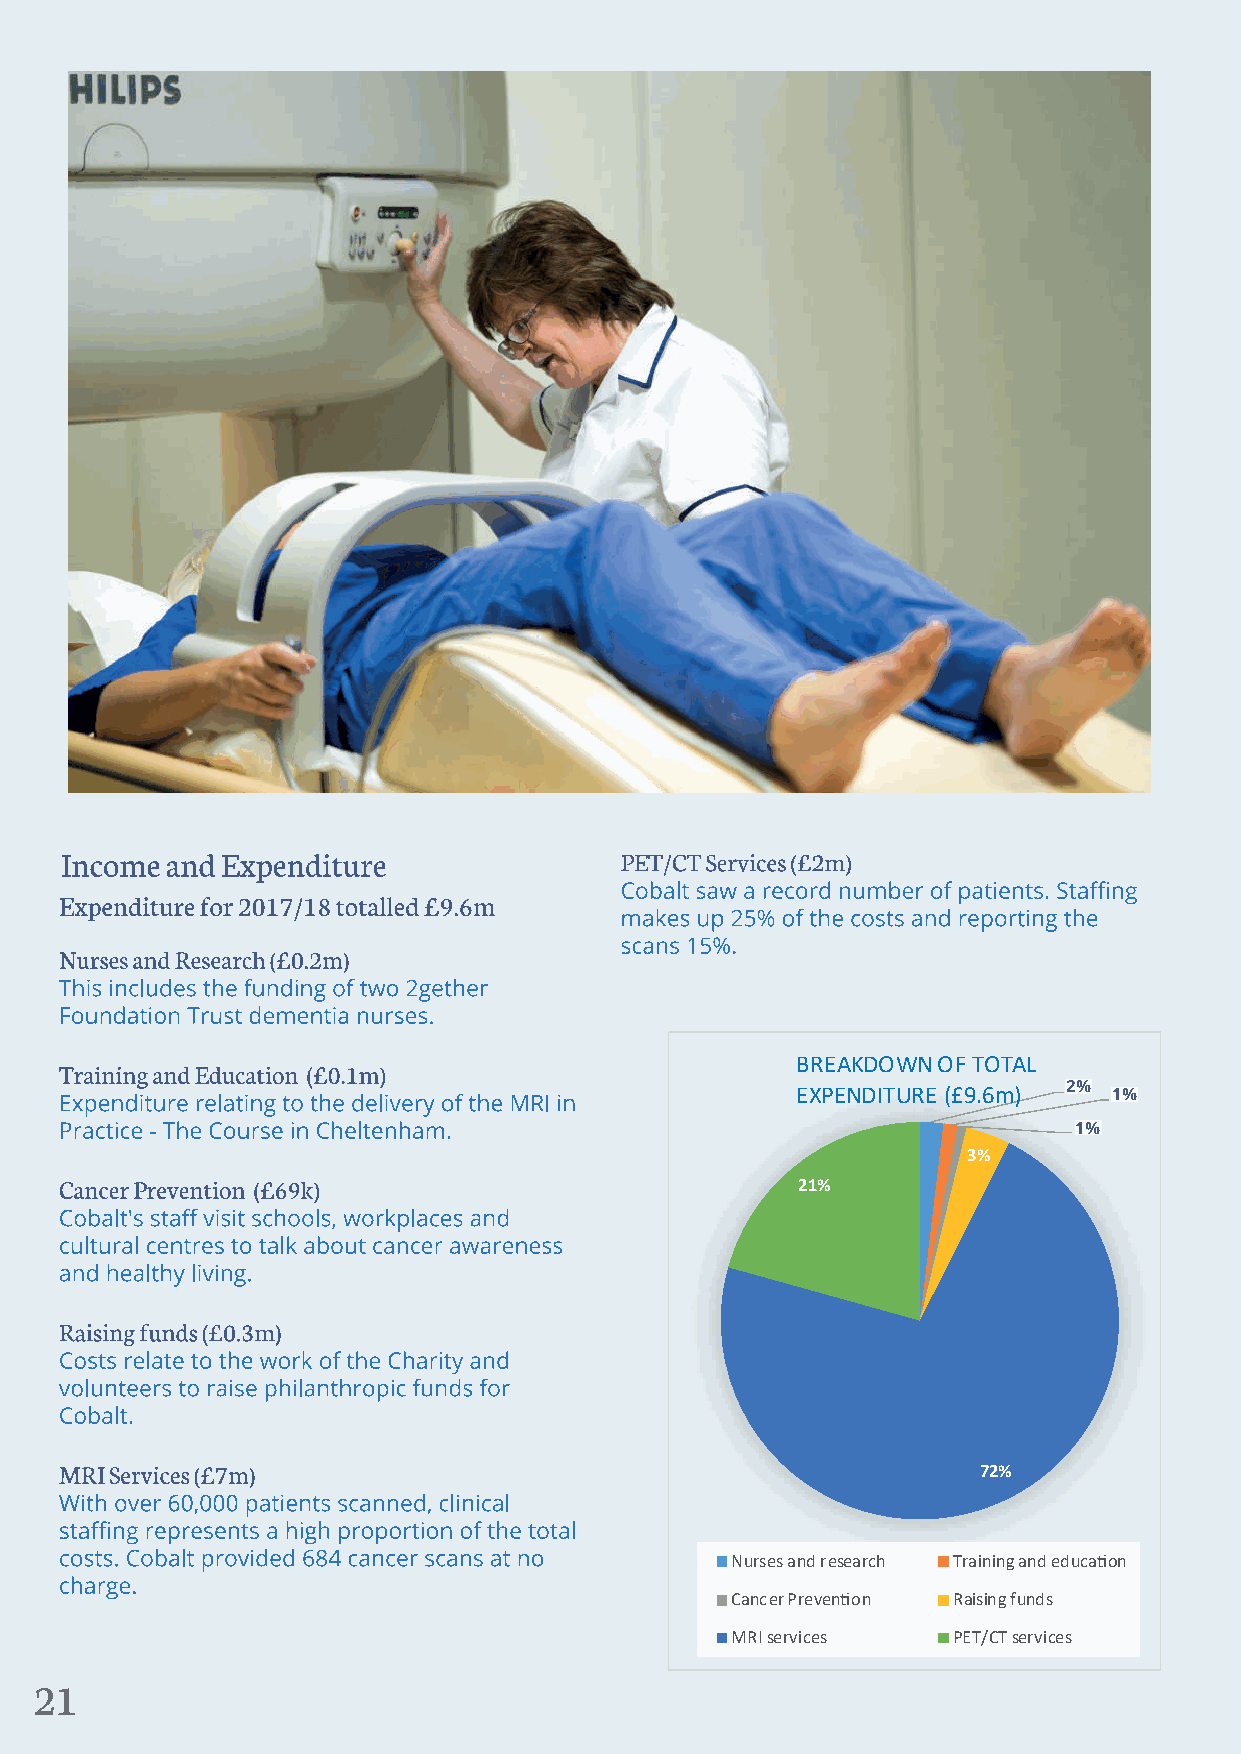
BREAKDOWN OF TOTAL
 EXPENDITURE (£9.6m) 22%% 11%%
 11%%
 3%
 21%
 72%
 Nurses and research Training and educa�on
 Cancer Preven�on Raising funds
 MRI services   PET/CT services